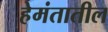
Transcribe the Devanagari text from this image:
हेमंतातील